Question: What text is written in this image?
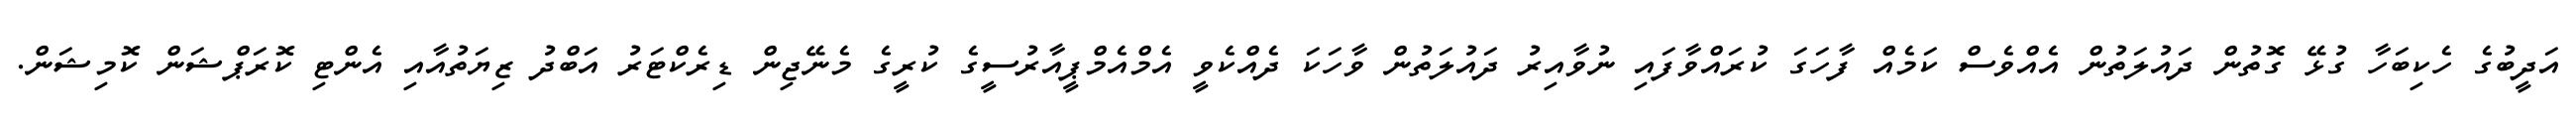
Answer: އަދީބުގެ ހެކިބަހާ ގުޅޭ ގޮތުން ދައުލަތުން އެއްވެސް ކަމެއް ފާހަގަ ކުރައްވާފައި ނުވާއިރު ދައުލަތުން ވާހަކަ ދެއްކެވީ އެމްއެމްޕީއާރުސީގެ ކުރީގެ މެނޭޖިން ޑިރެކްޓަރު އަބްދު ޒިޔަތުއާއި އެންޓި ކޮރަޕްޝަން ކޮމިޝަން.